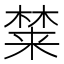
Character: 𰘚